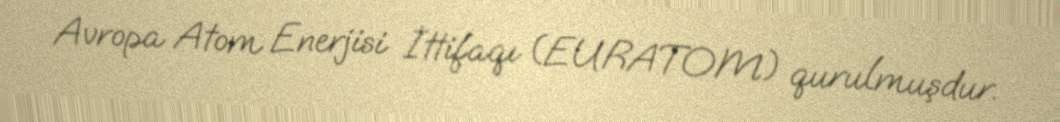
Avropa Atom Enerjisi İttifaqı (EURATOM) qurulmuşdur.